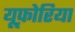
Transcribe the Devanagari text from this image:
यूफ़ोरिया